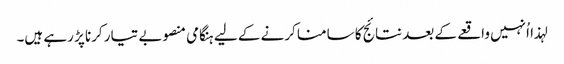
لہذا اُنہیں واقعے کے بعد نتائج کا سامنا کرنے کے لیے ہنگامی منصوبے تیار کرنا پڑ رہے ہیں۔